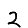
Digit: 2